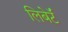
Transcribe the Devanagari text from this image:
लिबेर्टॅ